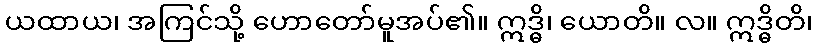
ယထာယ၊ အကြင်သို့ ဟောတော်မူအပ်၏။ ဣဒ္ဓိ၊ ယောတိ။ လ။ ဣဒ္ဓိတိ၊